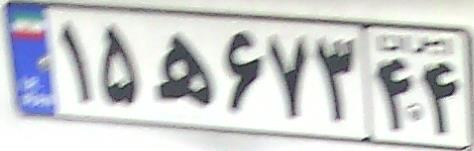
۱۵ه۶۷۳۴۴